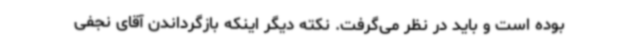
بوده است و باید در نظر می‌گرفت. نکته دیگر اینکه بازگرداندن آقای نجفی